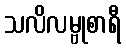
သလိလမ္ဗုစာရီ